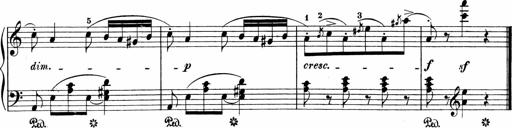
Title: Sonatinen Op.47, 98 und 136, nebst 6 Liedersonatinen
Composer: Carl Reinecke